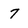
Character: 7